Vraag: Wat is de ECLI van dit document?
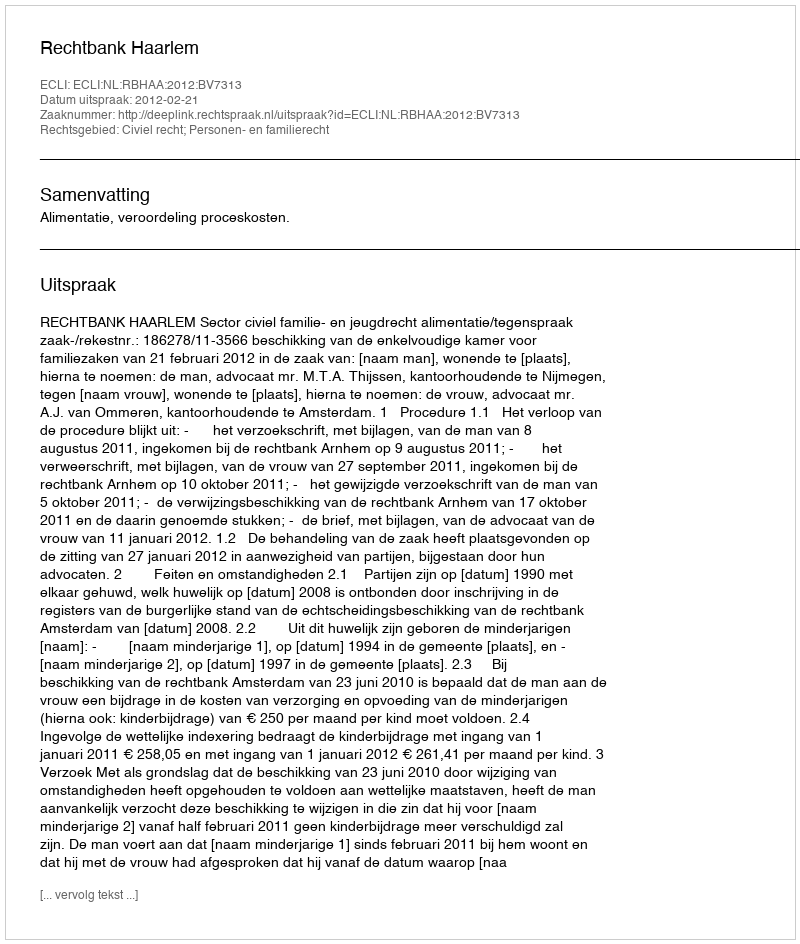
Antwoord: ECLI:NL:RBHAA:2012:BV7313